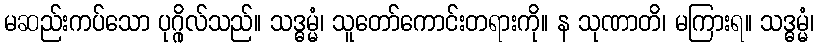
မဆည်းကပ်သော ပုဂ္ဂိုလ်သည်။ သဒ္ဓမ္မံ၊ သူတော်ကောင်းတရားကို။ န သုဏာတိ၊ မကြားရ။ သဒ္ဓမ္မံ၊